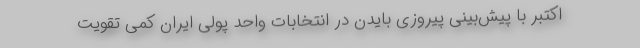
اکتبر با پیش‌بینی پیروزی بایدن در انتخابات واحد پولی ایران کمی تقویت